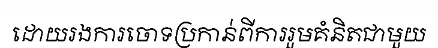
ដោយរងការចោទប្រកាន់ពីការរួមគំនិតជាមួយ